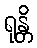
ရုန္တိ